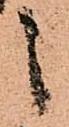
之